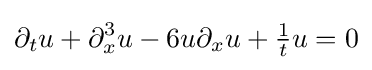
\displaystyle \partial _{t}u+\partial _{x}^{3}u-6u\partial _{x}u+{\tfrac {1}{t}}u=0